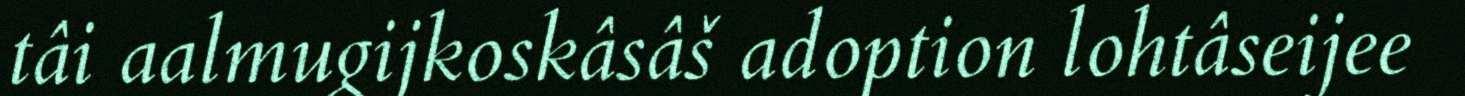
tâi aalmugijkoskâsâš adoption lohtâseijee